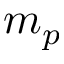
m _ { p }